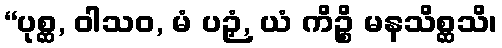
“ပုစ္ဆ, ဝါသဝ, မံ ပဉှံ, ယံ ကိဉ္စိ မနသိစ္ဆသိ၊